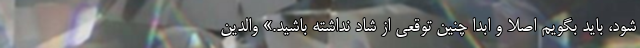
شود، باید بگویم اصلا و ابدا چنین توقعی از شاد نداشته باشید.» والدین